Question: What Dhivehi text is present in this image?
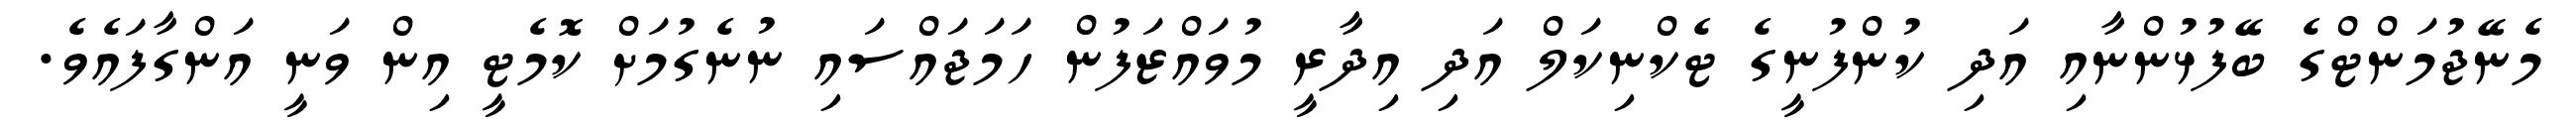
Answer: މެނޭޖުމަންޓްގެ ބޭފުޅުންނާއި އަދި ކުންފުނީގެ ޓެކްނިކަލް އަދި އިދާރީ މުވައްޒަފުން ހަމަޖައްސައި ނުނެގުމަށް ކޮމެޓީ އިން ވަނީ އަންގާފައެވެ.